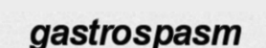
gastrospasm